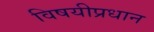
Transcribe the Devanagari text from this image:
विषयीप्रधान